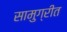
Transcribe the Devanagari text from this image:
सामुग्रीत